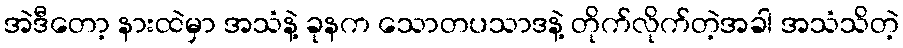
အဲဒီတော့ နားထဲမှာ အသံနဲ့ ခုနက သောတပသာဒနဲ့ တိုက်လိုက်တဲ့အခါ အသံသိတဲ့